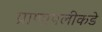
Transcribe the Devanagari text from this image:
प्राणापलीकडे